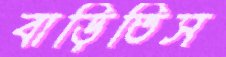
বাড়িতিস